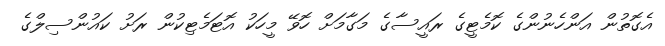
އެގޮތުން އަންހެނުންގެ ކޮމެޓީގެ ރައީސާގެ މަގާމަށް ހޮވޭ މީހަކު އޮޓަމެޓިކުން ރަށު ކައުންސިލްގެ